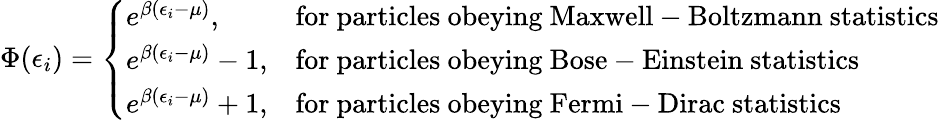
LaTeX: \Phi(\epsilon_{i})={\left\{ \begin{array}{ll}{e^{\beta(\epsilon_{i}-\mu)},}&{{\mathrm{for~particles~obeying~Maxwell-Boltzmann~statistics}}}\\ {e^{\beta(\epsilon_{i}-\mu)}-1,}&{{\mathrm{for~particles~obeying~Bose-Einstein~statistics}}}\\ {e^{\beta(\epsilon_{i}-\mu)}+1,}&{{\mathrm{for~particles~obeying~Fermi-Dirac~statistics}}}\end{array}\right.}